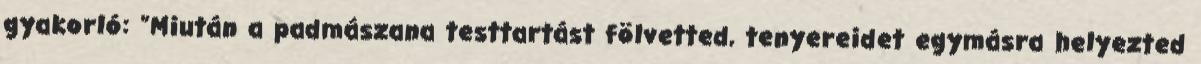
gyakorló: "Miután a padmászana testtartást fölvetted, tenyereidet egymásra helyezted